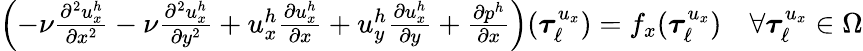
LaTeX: \begin{array}{r}{\left(-\nu\frac{\partial^{2}u_{x}^{h}}{\partial x^{2}}-\nu\frac{\partial^{2}u_{x}^{h}}{\partial y^{2}}+u_{x}^{h}\frac{\partial u_{x}^{h}}{\partial x}+u_{y}^{h}\frac{\partial u_{x}^{h}}{\partial y}+\frac{\partial p^{h}}{\partial x}\right)(\boldsymbol{\tau}_{\ell}^{u_{x}})=f_{x}(\boldsymbol{\tau}_{\ell}^{u_{x}})\quad\forall\boldsymbol{\tau}_{\ell}^{u_{x}}\in\Omega}\end{array}